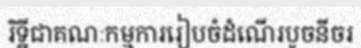
រិទ្ឋីជាគណៈកម្មការរៀបចំដំណើរបូចនីចរ